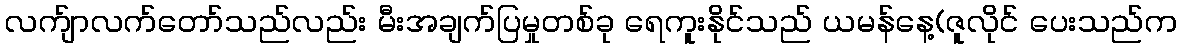
လက်ျာလက်တော်သည်လည်း မီးအချက်ပြမှုတစ်ခု ရေကူးနိုင်သည် ယမန်နေ့(ဇူလိုင် ပေးသည်က